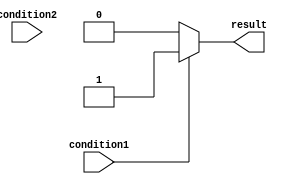
module if_else_statement(
    input wire condition1,
    input wire condition2,
    output reg result
);

always @(*) begin
    if (condition1) begin
        result <= 1; // Corresponding code block for first condition
    end else if (condition2) begin
        result <= 2; // Corresponding code block for second condition
    end else begin
        result <= 0; // Default action if none of the conditions are met
    end
end

endmodule